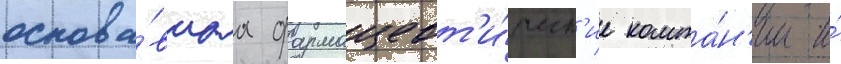
основа́вшаа фармацевт'и́ческ'ие компа́н'ии и́